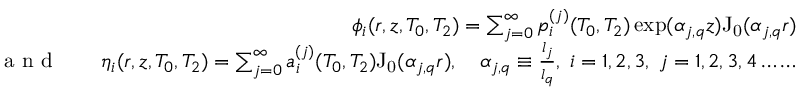
\begin{array} { r l r } & { } & { \phi _ { i } ( r , z , T _ { 0 } , T _ { 2 } ) = \sum _ { j = 0 } ^ { \infty } p _ { i } ^ { ( j ) } ( T _ { 0 } , T _ { 2 } ) \exp ( \alpha _ { j , q } z ) \mathrm { J _ { 0 } } ( \alpha _ { j , q } r ) } \\ { \textrm { a n d } } & { } & { \eta _ { i } ( r , z , T _ { 0 } , T _ { 2 } ) = \sum _ { j = 0 } ^ { \infty } a _ { i } ^ { ( j ) } ( T _ { 0 } , T _ { 2 } ) \mathrm { J _ { 0 } } ( \alpha _ { j , q } r ) , \quad \alpha _ { j , q } \equiv \frac { l _ { j } } { l _ { q } } , \; i = 1 , 2 , 3 , \; j = 1 , 2 , 3 , 4 \ldots \dots } \end{array}